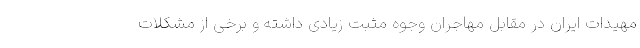
مهیدات ایران در مقابل مهاجران وجوه مثبت زیادی داشته و برخی از مشکلات